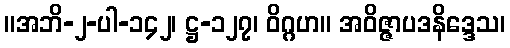
။အဘိ-၂-ပါ-၁၄၂၊ ဋ္ဌ-၁၂၇၊ ဝိဂ္ဂဟ။ အဝိဇ္ဇာပဒနိဒ္ဒေသ၊